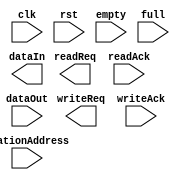
module ModbusSlave(
    input clk,
    input rst,

    // Read Fifo
    input empty,
    output readReq,
    input readAck,
    input [7:0] dataOut,

    // Write fifo
    input full,
    output writeReq,
    input writeAck,
    output [7:0] dataIn,
    
    input [7:0] stationAddress    
);

endmodule